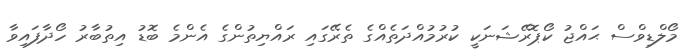
މޯލްޑިވްސް ޙައްޖު ކޯޕޮރޭޝަނަކީ ކުރުމުއްދަތެއްގެ ތެރޭގައި ރައްޔިތުންގެ އެންމެ ބޮޑު އިތުބާރު ހޯދާފައިވާ